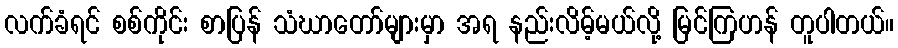
လက်ခံရင် စစ်ကိုင်း စာပြန် သံဃာတော်များမှာ အရ နည်းလိမ့်မယ်လို့ မြင်ကြဟန် တူပါတယ်။